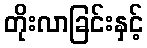
တိုးလာခြင်းနှင့်